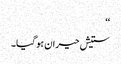
‘‘
ستیش حیران ہو گیا۔